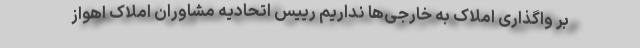
بر واگذاری املاک به خارجی‌ها نداریم رییس اتحادیه مشاوران املاک اهواز